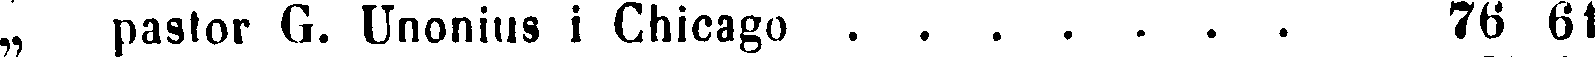
„ pastor G. Unonius i Chicago 76 61